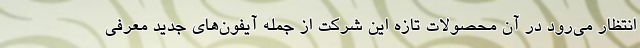
انتظار می‌رود در آن محصولات تازه این شرکت از جمله آیفون‌های جدید معرفی